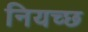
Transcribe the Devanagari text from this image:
नियच्छ